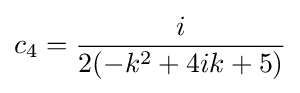
c_{4}={\frac {i}{2(-k^{2}+4ik+5)}}